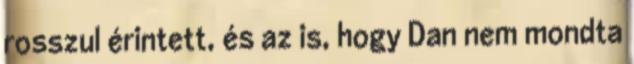
rosszul érintett, és az is, hogy Dan nem mondta